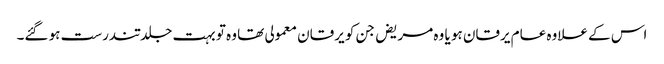
اس کے علاوہ عام یرقان ہو یا وہ مریض جن کو یرقان معمولی تھا وہ تو بہت جلد تندرست ہو گئے۔